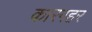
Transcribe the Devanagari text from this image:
कारगहर